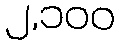
၂,၁၀၀